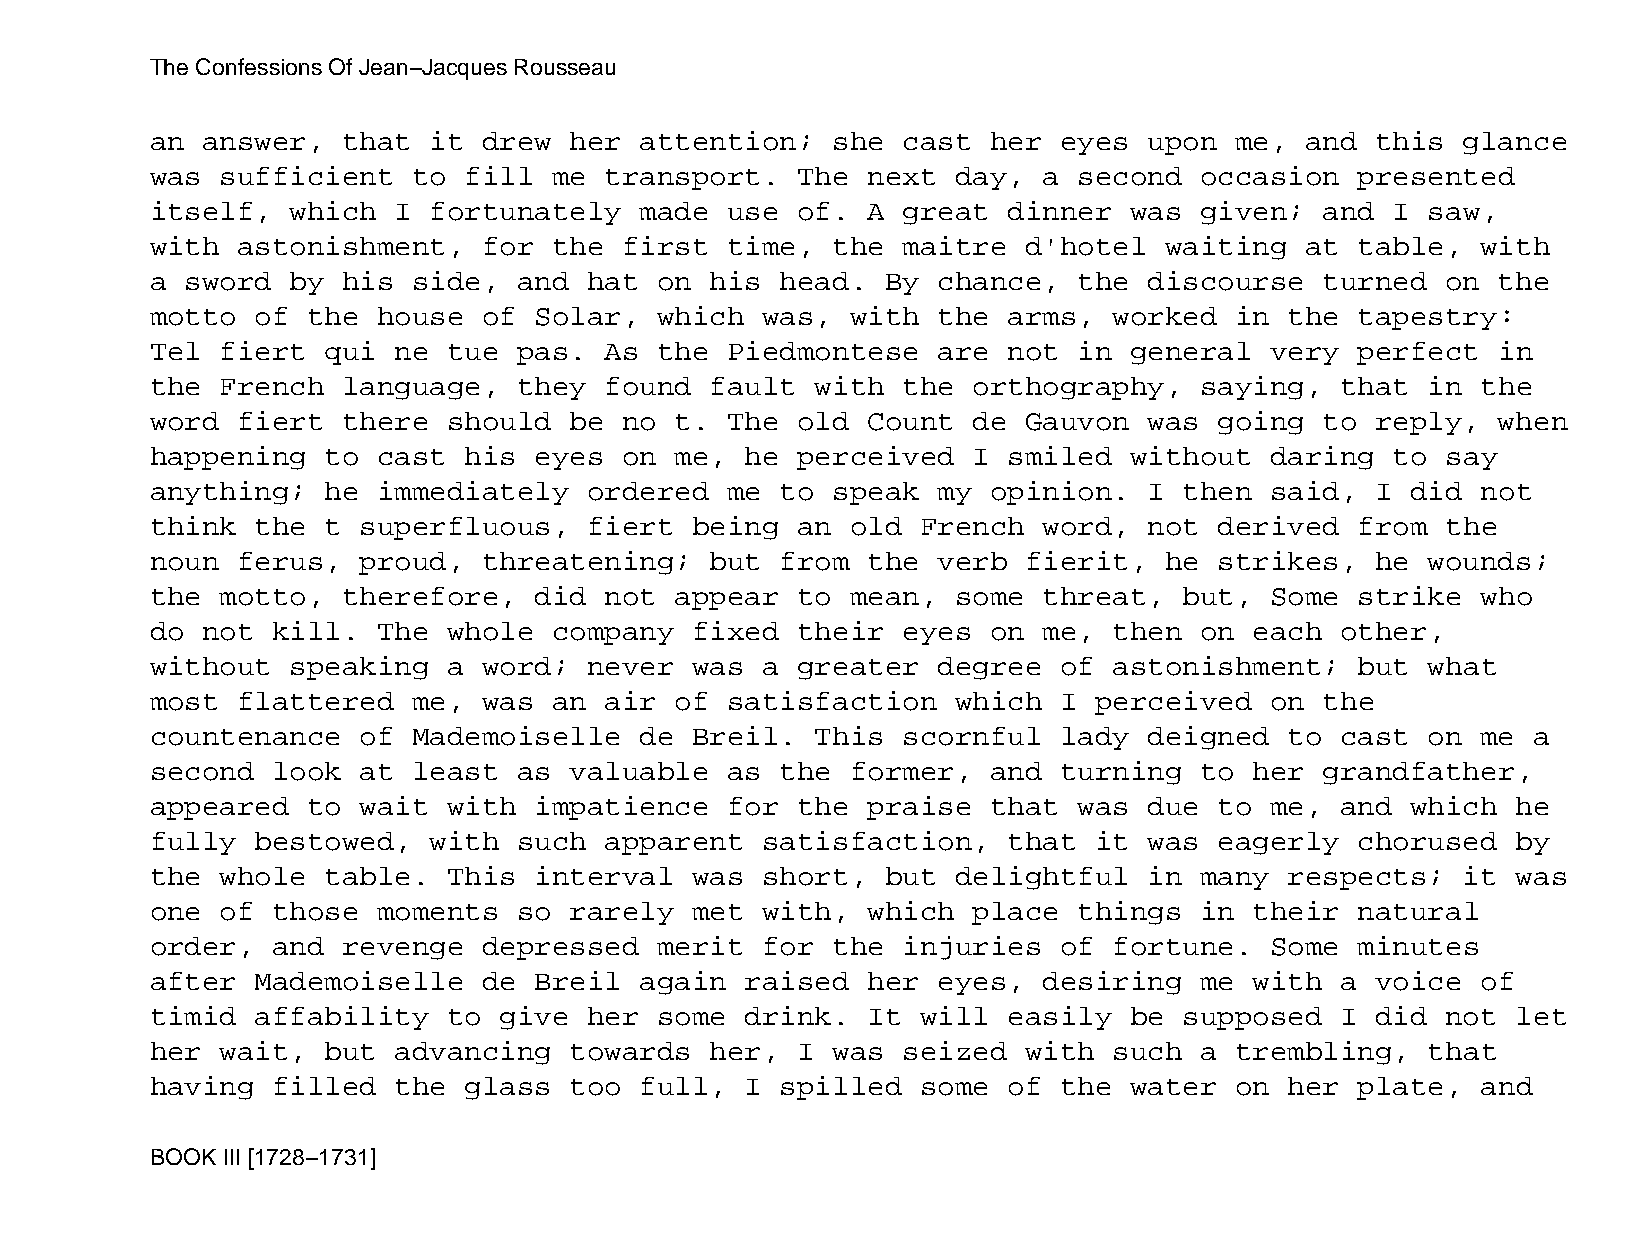
The Confessions Of Jean−Jacques Rousseau
 an answer,   that it  drew  her attention;   she  cast  her eyes  upon  me, and  this  glance
 was  sufficient  to  fill  me transport.   The next  day,  a second  occasion   presented
 itself,  which  I fortunately   made  use  of. A  great  dinner  was given;   and I  saw,
 with  astonishment,   for  the first  time,  the  maitre  d'hotel  waiting  at  table,  with
 a sword  by  his side,  and  hat  on his  head.  By chance,  the  discourse   turned  on the
 motto  of the  house  of Solar,   which was,  with  the  arms,  worked  in the  tapestry:
 Tel  fiert  qui ne  tue pas.  As  the Piedmontese   are  not in  general  very  perfect  in
 the  French  language,  they  found  fault  with  the orthography,   saying,   that  in the
 word  fiert  there  should  be no  t. The  old Count  de  Gauvon  was  going  to reply,  when
 happening   to cast  his eyes  on  me, he  perceived  I  smiled  without  daring  to  say
 anything;   he immediately   ordered  me  to speak  my  opinion.  I then  said,  I did  not
 think  the  t superfluous,   fiert  being  an old  French  word,  not  derived  from  the
 noun  ferus,  proud,  threatening;   but  from the  verb  fierit,  he  strikes,  he  wounds;
 the  motto,  therefore,  did  not  appear  to mean,  some  threat,  but,  Some  strike  who
 do not  kill.  The  whole  company  fixed  their  eyes  on me,  then on  each  other,
 without  speaking   a word;  never  was a  greater  degree  of  astonishment;   but  what
 most  flattered  me,  was  an air  of satisfaction   which  I perceived   on  the
 countenance   of Mademoiselle   de  Breil.  This  scornful  lady  deigned  to  cast  on me a
 second  look  at least  as  valuable  as  the former,   and turning  to  her  grandfather,
 appeared  to  wait  with impatience   for  the praise   that was  due  to me,  and which  he
 fully  bestowed,  with  such  apparent  satisfaction,    that it  was  eagerly  chorused  by
 the  whole  table.  This interval   was short,   but delightful   in many  respects;   it was
 one  of those  moments  so  rarely  met with,  which  place  things  in  their  natural
 order,  and  revenge  depressed   merit for  the  injuries  of  fortune.  Some  minutes
 after  Mademoiselle   de Breil  again  raised  her  eyes,  desiring  me  with  a voice  of
 timid  affability   to give  her  some drink.  It  will  easily  be supposed   I did  not let
 her  wait,  but advancing   towards  her,  I was  seized  with  such a  trembling,   that
 having  filled  the  glass  too full,  I  spilled  some  of the  water  on her  plate,  and
 BOOK III [1728−1731]